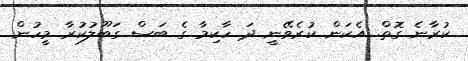
ކުރާނެ ގޮތް. އެކަން ކުރެވޭނީ ދަ ހާކިމާ ގެ ބަސް ގަބޫލުކުރާ މީހުން